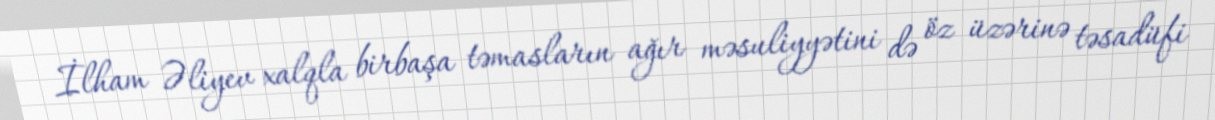
İlham Əliyev xalqla birbaşa təmasların ağır məsuliyyətini də öz üzərinə təsadüfi